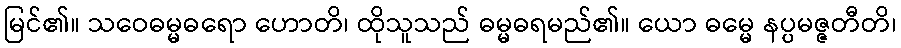
မြင်၏။ သဝေဓမ္မဓရော ဟောတိ၊ ထိုသူသည် ဓမ္မဓရမည်၏။ ယော ဓမ္မေ နပ္ပမဇ္ဇတီတိ၊